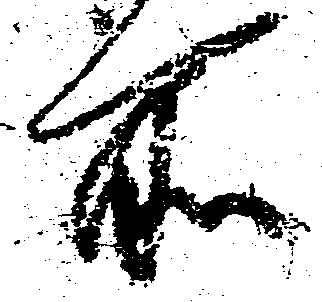
所